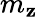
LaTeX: m_{\mathbf{z}}